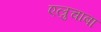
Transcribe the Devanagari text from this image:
एल्रुचाबा